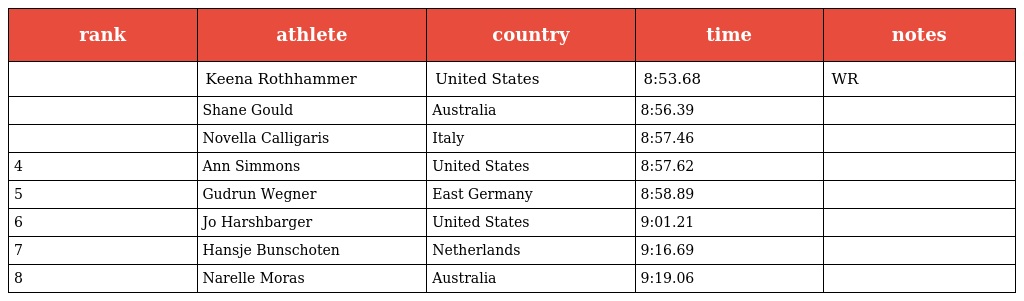
| rank | athlete | country | time | notes |
 | --- | --- | --- | --- | --- |
 |  | Keena Rothhammer | United States | 8:53.68 | WR |
 |  | Shane Gould | Australia | 8:56.39 |  |
 |  | Novella Calligaris | Italy | 8:57.46 |  |
 | 4 | Ann Simmons | United States | 8:57.62 |  |
 | 5 | Gudrun Wegner | East Germany | 8:58.89 |  |
 | 6 | Jo Harshbarger | United States | 9:01.21 |  |
 | 7 | Hansje Bunschoten | Netherlands | 9:16.69 |  |
 | 8 | Narelle Moras | Australia | 9:19.06 |  |